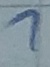
Text: 1